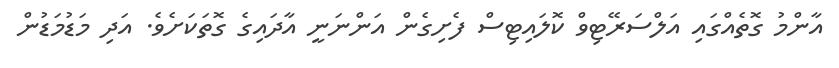
އާންމު ގޮތެއްގައި އަލްސަރޭޓިވް ކޮލައިޓިސް ފެށިގެން އަންނަނީ އާދައިގެ ގޮތަކަށެވެ. އަދި މަޑުމަޑުން